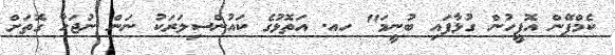
ކެމްޕޭން އޮފީހުން ގުޅާފައި ބުނީމަ" ހއ. އަތޮޅުގެ ކައުންސިލަރަކު ނަން ނުޖަހާ ގޮތަށް